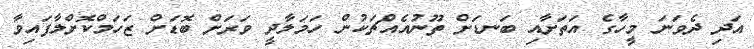
އަދި ދެވަނަ މީހާގެ އަތަށާއި ބަނޑަށް ތޫނުއެއްޗަކުން ހަމަލާދީ ވަރަށް ބޮޑަށް ޒަހަމްކޮށްލާފައިވާ